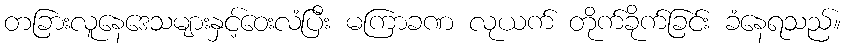
တခြားလူနေဒေသများနှင့်ဝေးလံပြီး မကြာခဏ လုယက် တိုက်ခိုက်ခြင်း ခံနေရသည်။